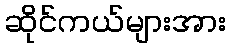
ဆိုင်ကယ်များအား